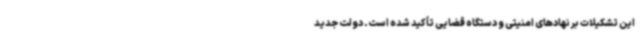
این تشکیلات بر نهادهای امنیتی و دستگاه قضایی تأکید شده است. دولت جدید